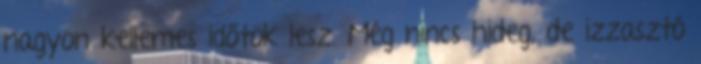
nagyon kellemes időtök lesz. Még nincs hideg, de izzasztó